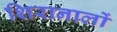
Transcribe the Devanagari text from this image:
शिरानालों